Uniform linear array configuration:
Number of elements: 4
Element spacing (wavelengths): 1
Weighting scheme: binomial
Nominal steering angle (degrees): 0
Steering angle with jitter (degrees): -1.537
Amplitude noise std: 0.05
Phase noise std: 0.05

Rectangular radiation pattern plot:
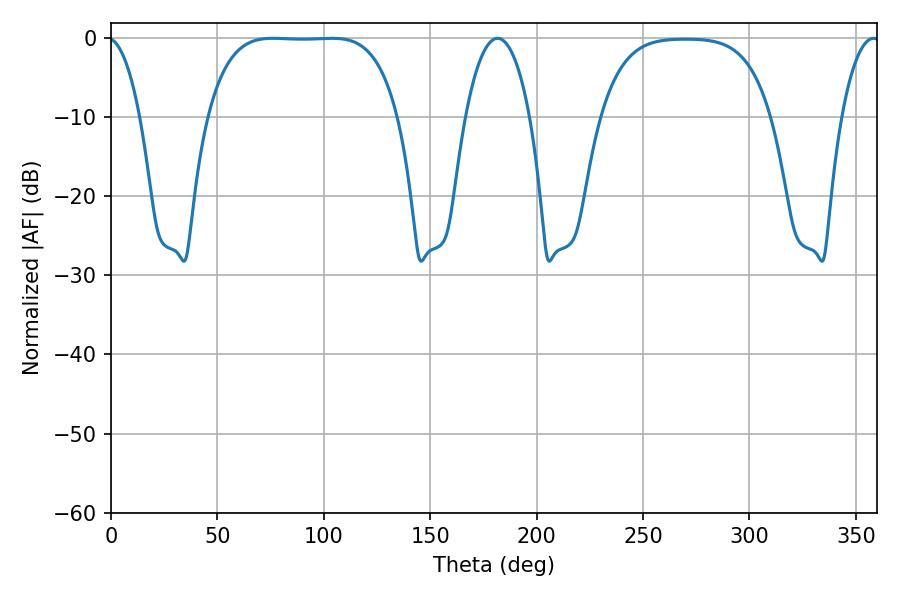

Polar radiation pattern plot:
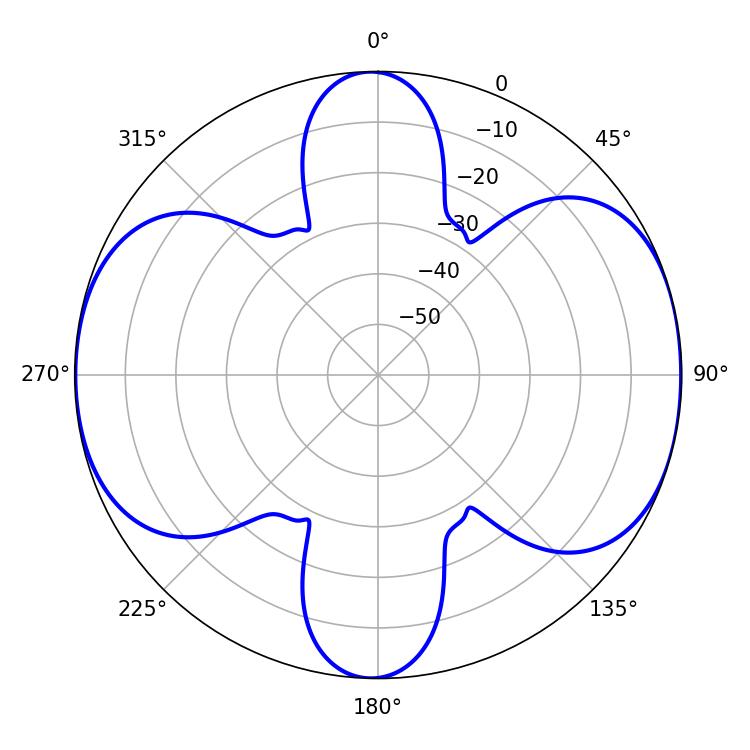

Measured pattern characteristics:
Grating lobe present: TRUE
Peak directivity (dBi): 10.282
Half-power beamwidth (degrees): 69.12
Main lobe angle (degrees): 76.14